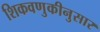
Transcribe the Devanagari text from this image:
शिकवणुकीनुसार